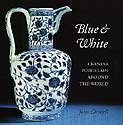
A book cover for Blue and White: Chinese Porcelain Around the World; John Carswell; Arts & Photography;